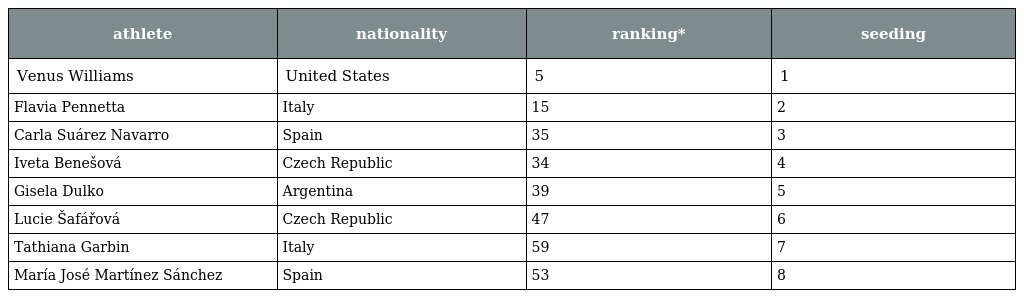
| athlete | nationality | ranking* | seeding |
 | --- | --- | --- | --- |
 | Venus Williams | United States | 5 | 1 |
 | Flavia Pennetta | Italy | 15 | 2 |
 | Carla Suárez Navarro | Spain | 35 | 3 |
 | Iveta Benešová | Czech Republic | 34 | 4 |
 | Gisela Dulko | Argentina | 39 | 5 |
 | Lucie Šafářová | Czech Republic | 47 | 6 |
 | Tathiana Garbin | Italy | 59 | 7 |
 | María José Martínez Sánchez | Spain | 53 | 8 |